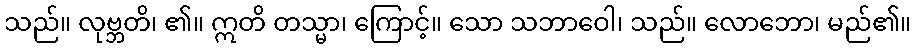
သည်။ လုဗ္ဘတိ၊ ၏။ ဣတိ တသ္မာ၊ ကြောင့်။ သော သဘာဝေါ၊ သည်။ လောဘော၊ မည်၏။